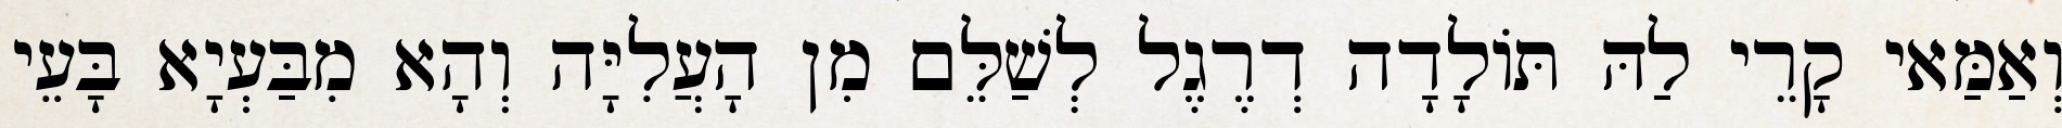
וְאַמַּאי קָרֵי לַהּ תּוֹלָדָה דְרֶגֶל לְשַׁלֵּם מִן הָעֲלִיָּה וְהָא מִבַּעְיָא בָּעֵי